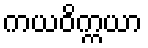
ကယဝိက္ကယာ